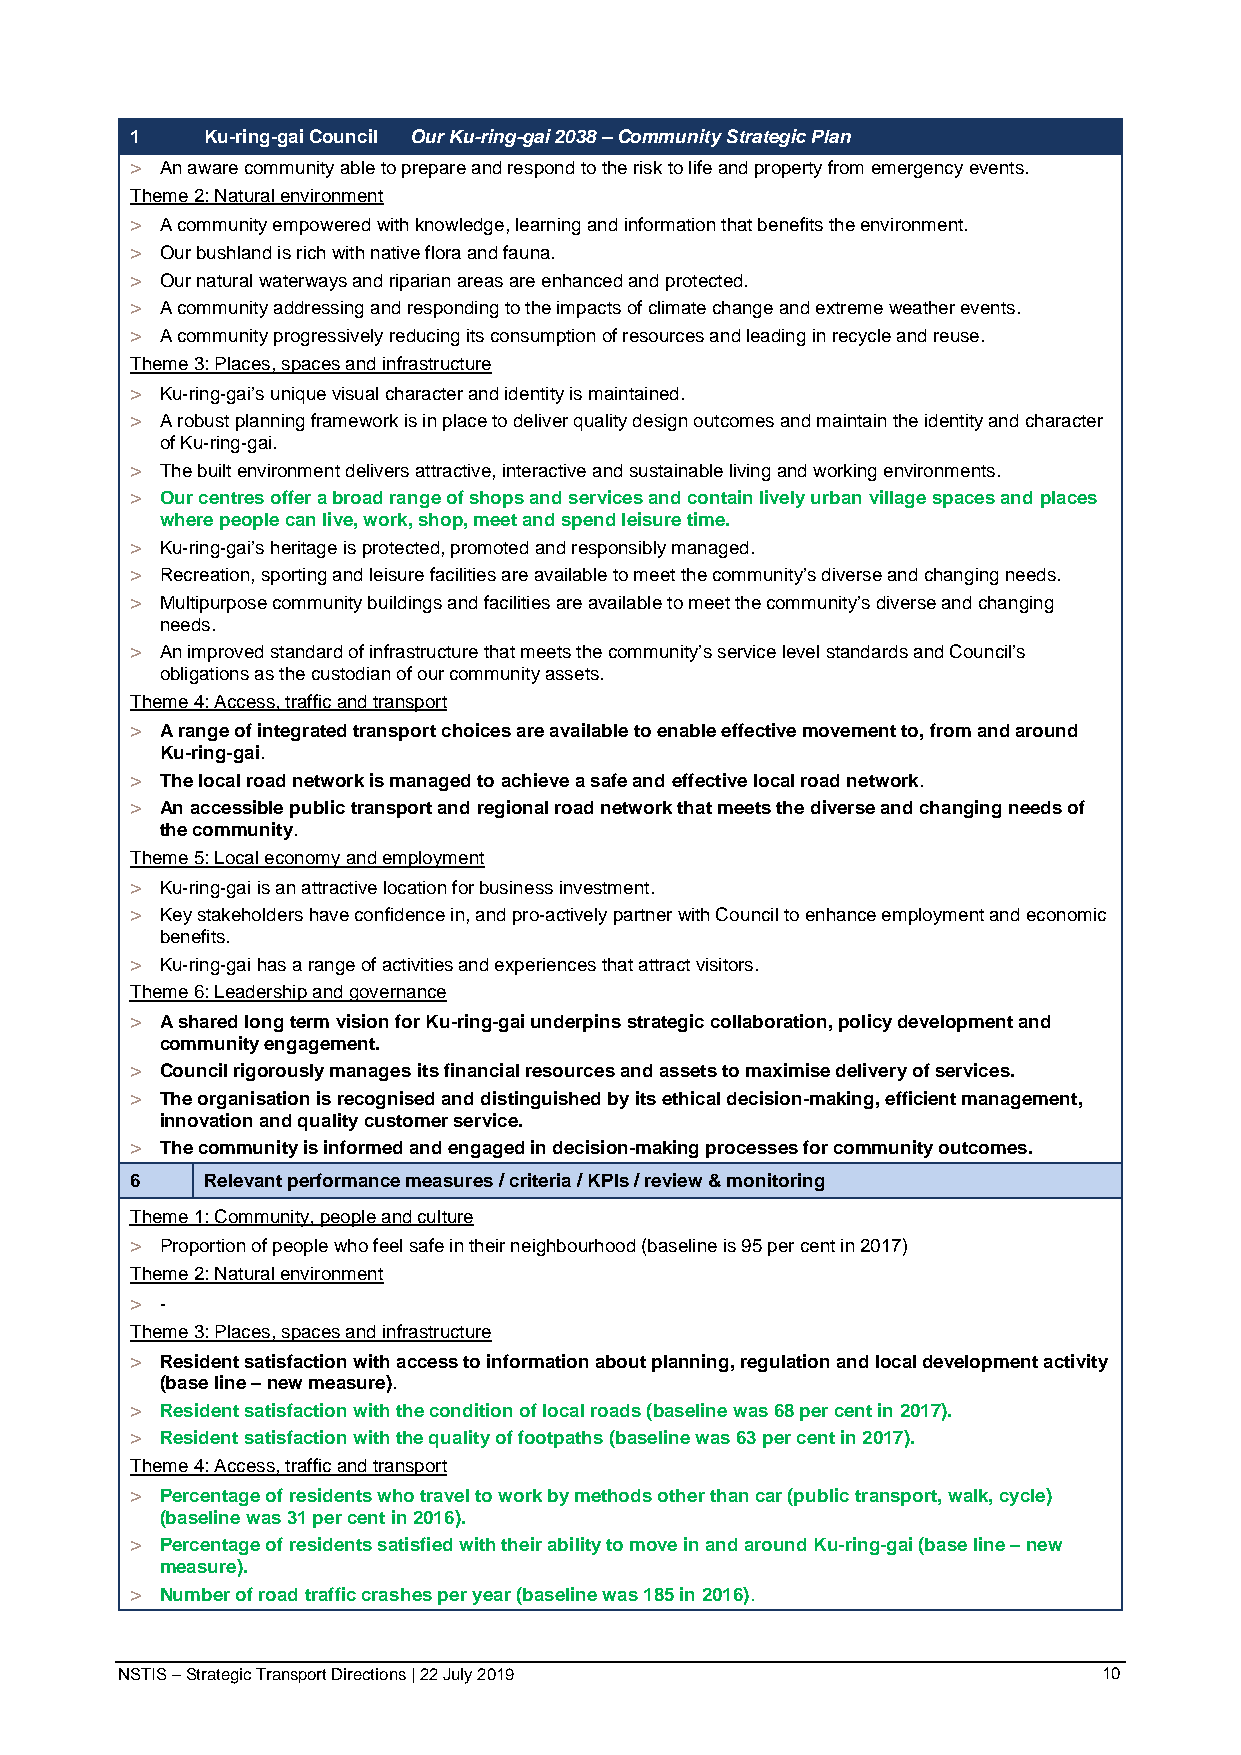
1   Ku-ring-gai Council Our Ku-ring-gai 2038 – Community Strategic Plan
 > An aware community able to prepare and respond to the risk to life and property from emergency events.
 Theme 2: Natural environment
 > A community empowered with knowledge, learning and information that benefits the environment.
 > Our bushland is rich with native flora and fauna.
 > Our natural waterways and riparian areas are enhanced and protected.
 > A community addressing and responding to the impacts of climate change and extreme weather events.
 > A community progressively reducing its consumption of resources and leading in recycle and reuse.
 Theme 3: Places, spaces and infrastructure
 > Ku-ring-gai’s unique visual character and identity is maintained.
 > A robust planning framework is in place to deliver quality design outcomes and maintain the identity and character
 of Ku-ring-gai.
 > The built environment delivers attractive, interactive and sustainable living and working environments.
 > Our centres offer a broad range of shops and services and contain lively urban village spaces and places
 where people can live, work, shop, meet and spend leisure time.
 > Ku-ring-gai’s heritage is protected, promoted and responsibly managed.
 > Recreation, sporting and leisure facilities are available to meet the community’s diverse and changing needs.
 > Multipurpose community buildings and facilities are available to meet the community’s diverse and changing
 needs.
 > An improved standard of infrastructure that meets the community’s service level standards and Council’s
 obligations as the custodian of our community assets.
 Theme 4: Access, traffic and transport
 > A range of integrated transport choices are available to enable effective movement to, from and around
 Ku-ring-gai.
 > The local road network is managed to achieve a safe and effective local road network.
 > An accessible public transport and regional road network that meets the diverse and changing needs of
 the community.
 Theme 5: Local economy and employment
 > Ku-ring-gai is an attractive location for business investment.
 > Key stakeholders have confidence in, and pro-actively partner with Council to enhance employment and economic
 benefits.
 > Ku-ring-gai has a range of activities and experiences that attract visitors.
 Theme 6: Leadership and governance
 > A shared long term vision for Ku-ring-gai underpins strategic collaboration, policy development and
 community engagement.
 > Council rigorously manages its financial resources and assets to maximise delivery of services.
 > The organisation is recognised and distinguished by its ethical decision-making, efficient management,
 innovation and quality customer service.
 > The community is informed and engaged in decision-making processes for community outcomes.
 6   Relevant performance measures / criteria / KPIs / review & monitoring
 Theme 1: Community, people and culture
 > Proportion of people who feel safe in their neighbourhood (baseline is 95 per cent in 2017)
 Theme 2: Natural environment
 > -
 Theme 3: Places, spaces and infrastructure
 > Resident satisfaction with access to information about planning, regulation and local development activity
 (base line – new measure).
 > Resident satisfaction with the condition of local roads (baseline was 68 per cent in 2017).
 > Resident satisfaction with the quality of footpaths (baseline was 63 per cent in 2017).
 Theme 4: Access, traffic and transport
 > Percentage of residents who travel to work by methods other than car (public transport, walk, cycle)
 (baseline was 31 per cent in 2016).
 > Percentage of residents satisfied with their ability to move in and around Ku-ring-gai (base line – new
 measure).
 > Number of road traffic crashes per year (baseline was 185 in 2016).
 NSTIS – Strategic Transport Directions | 22 July 2019            10